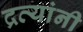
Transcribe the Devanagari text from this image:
द्रव्यांनी